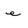
Character: e